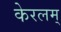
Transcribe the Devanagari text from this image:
केरलम्